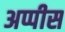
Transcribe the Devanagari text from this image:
अप्पीस